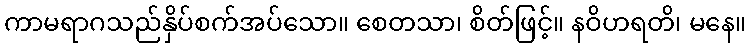
ကာမရာဂသည်နှိပ်စက်အပ်သော။ စေတသာ၊ စိတ်ဖြင့်။ နဝိဟရတိ၊ မနေ။